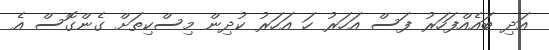
އަދި ބައެއްފަހަރު ފަސް އަހަރު ހަ އަހަރު ކުދިން މިސްކިތަށް ގެންގޮސް އެ